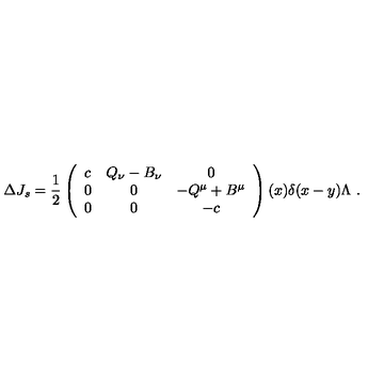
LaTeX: \Delta J _ { s } = \frac { 1 } { 2 } \left( \begin{array} { c c c } { c } & { Q _ { \nu } - B _ { \nu } } & { 0 } \\ { 0 } & { 0 } & { - Q ^ { \mu } + B ^ { \mu } } \\ { 0 } & { 0 } & { - c } \\ \end{array} \right) ( x ) \delta ( x - y ) \Lambda \ .